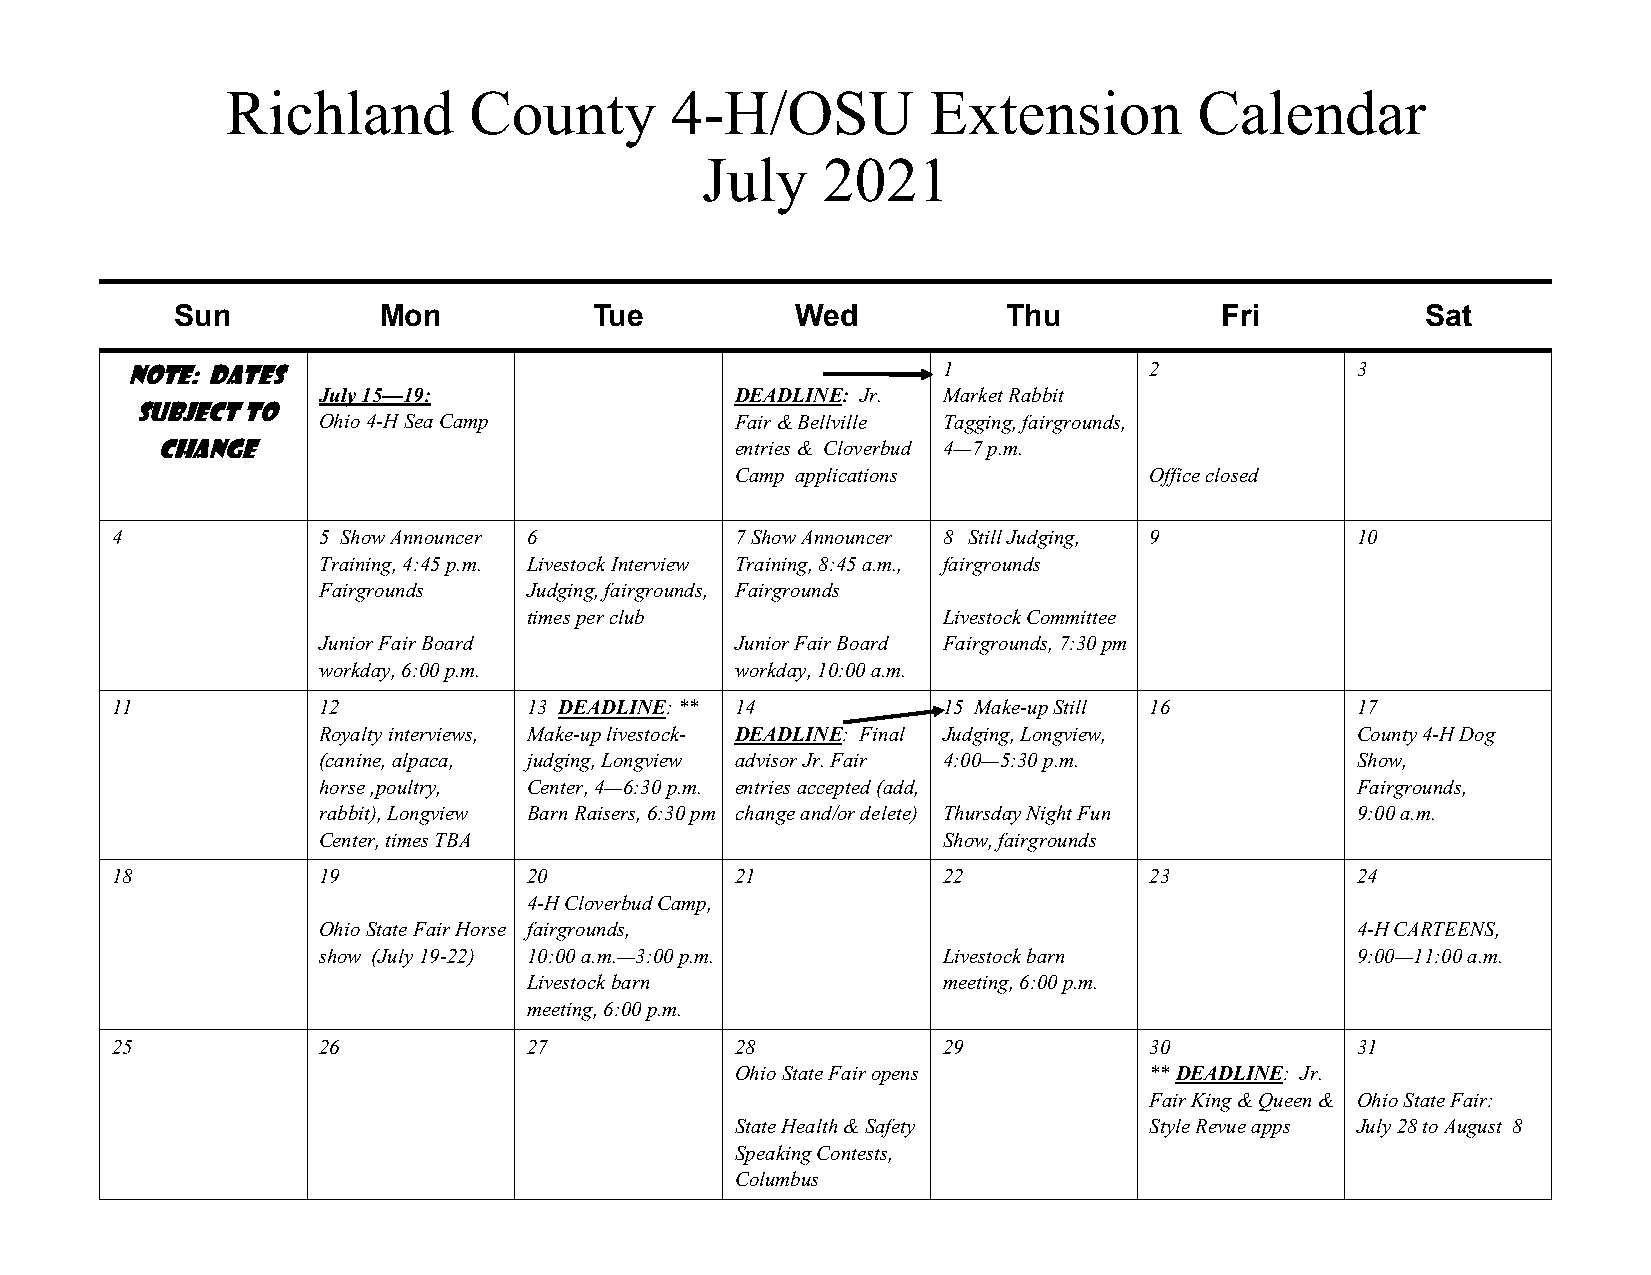
Richland        County       4-H/OSU          Extension         Calendar
 July    2021
 Sun          Mon           Tue           Wed           Thu           Fri          Sat
 Note: Dates                                           1             2             3
 July 15—19:                 DEADLINE: Jr. Market Rabbit
 subject to
 Ohio 4-H Sea Camp           Fair & Bellville Tagging, fairgrounds,
 change                                 entries & Cloverbud 4—7 p.m.
 Camp applications          Office closed
 4             5 Show Announcer 6          7 Show Announcer 8 Still Judging, 9      10
 Training, 4:45 p.m. Livestock Interview Training, 8:45 a.m., fairgrounds
 Fairgrounds   Judging, fairgrounds, Fairgrounds
 times per club             Livestock Committee
 Junior Fair Board           Junior Fair Board Fairgrounds, 7:30 pm
 workday, 6:00 p.m.          workday, 10:00 a.m.
 11            12            13 DEADLINE: ** 14         15 Make-up Still 16         17
 Royalty interviews, Make-up livestock- DEADLINE: Final Judging, Longview, County 4-H Dog
 (canine, alpaca, judging, Longview advisor Jr. Fair 4:00—5:30 p.m.   Show,
 horse ,poultry, Center, 4—6:30 p.m. entries accepted (add,           Fairgrounds,
 rabbit), Longview Barn Raisers, 6:30 pm change and/or delete) Thursday Night Fun 9:00 a.m.
 Center, times TBA                        Show, fairgrounds
 18            19            20            21           22            23            24
 4-H Cloverbud Camp,
 Ohio State Fair Horse fairgrounds,                                   4-H CARTEENS,
 show (July 19-22) 10:00 a.m.—3:00 p.m.   Livestock barn              9:00—11:00 a.m.
 Livestock barn             meeting, 6:00 p.m.
 meeting, 6:00 p.m.
 25            26            27            28           29            30            31
 Ohio State Fair opens      ** DEADLINE: Jr.
 Fair King & Queen & Ohio State Fair:
 State Health & Safety      Style Revue apps July 28 to August 8
 Speaking Contests,
 Columbus